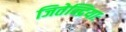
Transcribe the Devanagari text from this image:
जितेन्द्रियाः